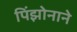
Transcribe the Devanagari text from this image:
पिंझोनाने